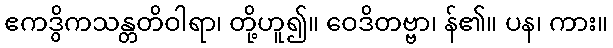
ဧကဒွိကသန္တတိဝါရာ၊ တို့ဟူ၍။ ဝေဒိတဗ္ဗာ၊ န်၏။ ပန၊ ကား။